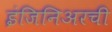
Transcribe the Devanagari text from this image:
इंजिनिअरची